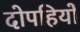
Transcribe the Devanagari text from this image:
दोपहियों